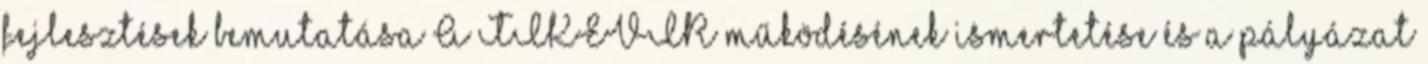
fejlesztések bemutatása A TIKEVIR működésének ismertetése és a pályázat